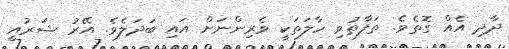
ދާދި އެއް ގޮތެވެ. ތަފާތުވި ހާލަތަކީ ވެރިންނަށް އައި ބަދަލެވެ. އޭރު ޝަރުއީ